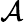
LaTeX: {\cal A}